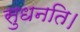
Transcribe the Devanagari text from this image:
सुधनति।